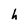
Character: h